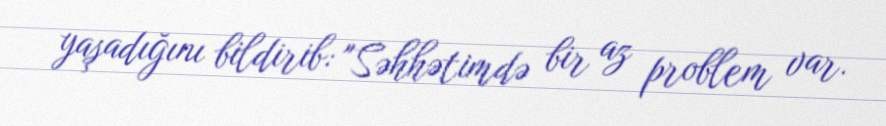
yaşadığını bildirib: "Səhhətimdə bir az problem var.